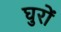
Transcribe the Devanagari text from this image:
घुरों